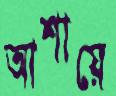
আশায়ে